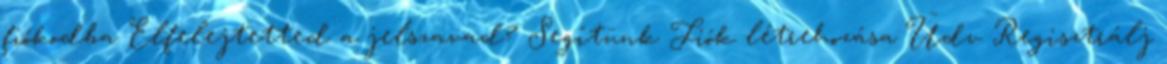
fiókodba Elfelejtetted a jelszavad? Segítünk Fiók létrehozása Üdv Regisztrálj